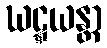
ဃဋ္ဋယန္တာ